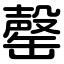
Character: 罄